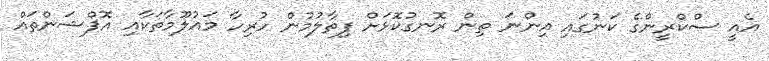
އެއީ ސްކްރީންގެ ކަނުގައި އިންނަ ތިން ރޮނގުކޮޅަށް ފިތާލުމުން ހުރިހާ މައުލޫމާތަކާއި އޮޕްޝަންތައް